system: You are a helpful assistant.
user:
Analyze the provided spectrum to determine if it is a **S-type Star**.

- **Key Indicators for S-type Star:**

    - **(Overall Spectrum Shape):** The first and most obvious characteristic is the overall continuum (the "baseline" shape). It is **extremely "red-sloping,"** meaning the flux (light intensity) is very low on the left side (blue, ~4000-4500 Å) and rises steeply and continuously toward the right side (red, ~7000 Å+).

    - **(Primary):** The spectrum is defined by the presence of strong, broad molecular absorption "valleys" (bands) from **Zirconium Oxide (ZrO)**. The identification of these bands is the **primary requirement** for classifying a star as S-type.
        - **(Key Bandheads):** You must find distinct, deep "dips" where the light has been absorbed. The most critical band systems to locate are:
            - **~6474 Å** ($\gamma$-system): This is often the strongest and clearest ZrO feature, found in the red part of the spectrum.
            - **~5718 Å** & **~5551 Å** ($\beta$-system): A pair of prominent absorption features in the yellow-orange part of the spectrum.
            - **~4640 Å** ($\alpha$-system): A key absorption band system in the blue-green region of the spectrum.

    - **(Secondary Confirmation):** The classification is strengthened by finding additional absorption bands from other related heavy element oxides, which are expected to be present alongside ZrO.
        - **(Key Bandheads):**
            - **Yttrium Oxide (YO):** Look for absorption dips near **~4800 Å** and **~6100 Å**.
            - **Lanthanum Oxide (LaO):** Additional absorption features, particularly in the red-orange part of the spectrum, are also characteristic.

    - **(Line Profile):** The combination of the steep red continuum and these numerous, deep molecular bands (ZrO, YO, etc.) gives the entire spectrum a very **"chopped-up"** or **"bumpy"** appearance. Instead of a smooth curve, the spectrum looks as though large, wide chunks of light have been "carved out" of it at the specific wavelengths listed above.

Think first, call **spectral_visualization_tool** if needed to examine features in detail, then provide your final answer. Your response must adhere to the following strict rules:
1.  **Overall Structure:** Your response must follow the format `<think>...</think> <tool_call>...</tool_call> (if a tool is used) <answer>...</answer>`.
2.  **Tool Usage Constraint:** You may only make **one** tool call per turn.
3.  **Final Answer Format:** In the `<answer>` tag, your conclusion must be inside a `\boxed{}` command (e.g., `\boxed{YES}` or `\boxed{NO}`), followed by your justification.

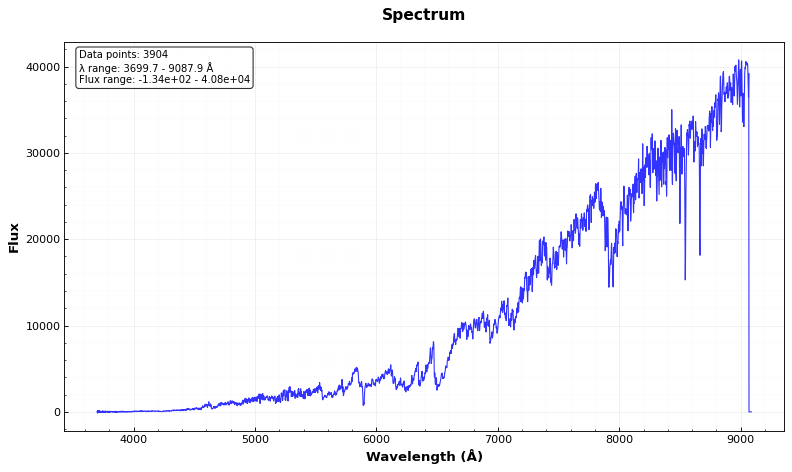
Answer: YES